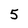
Character: 5